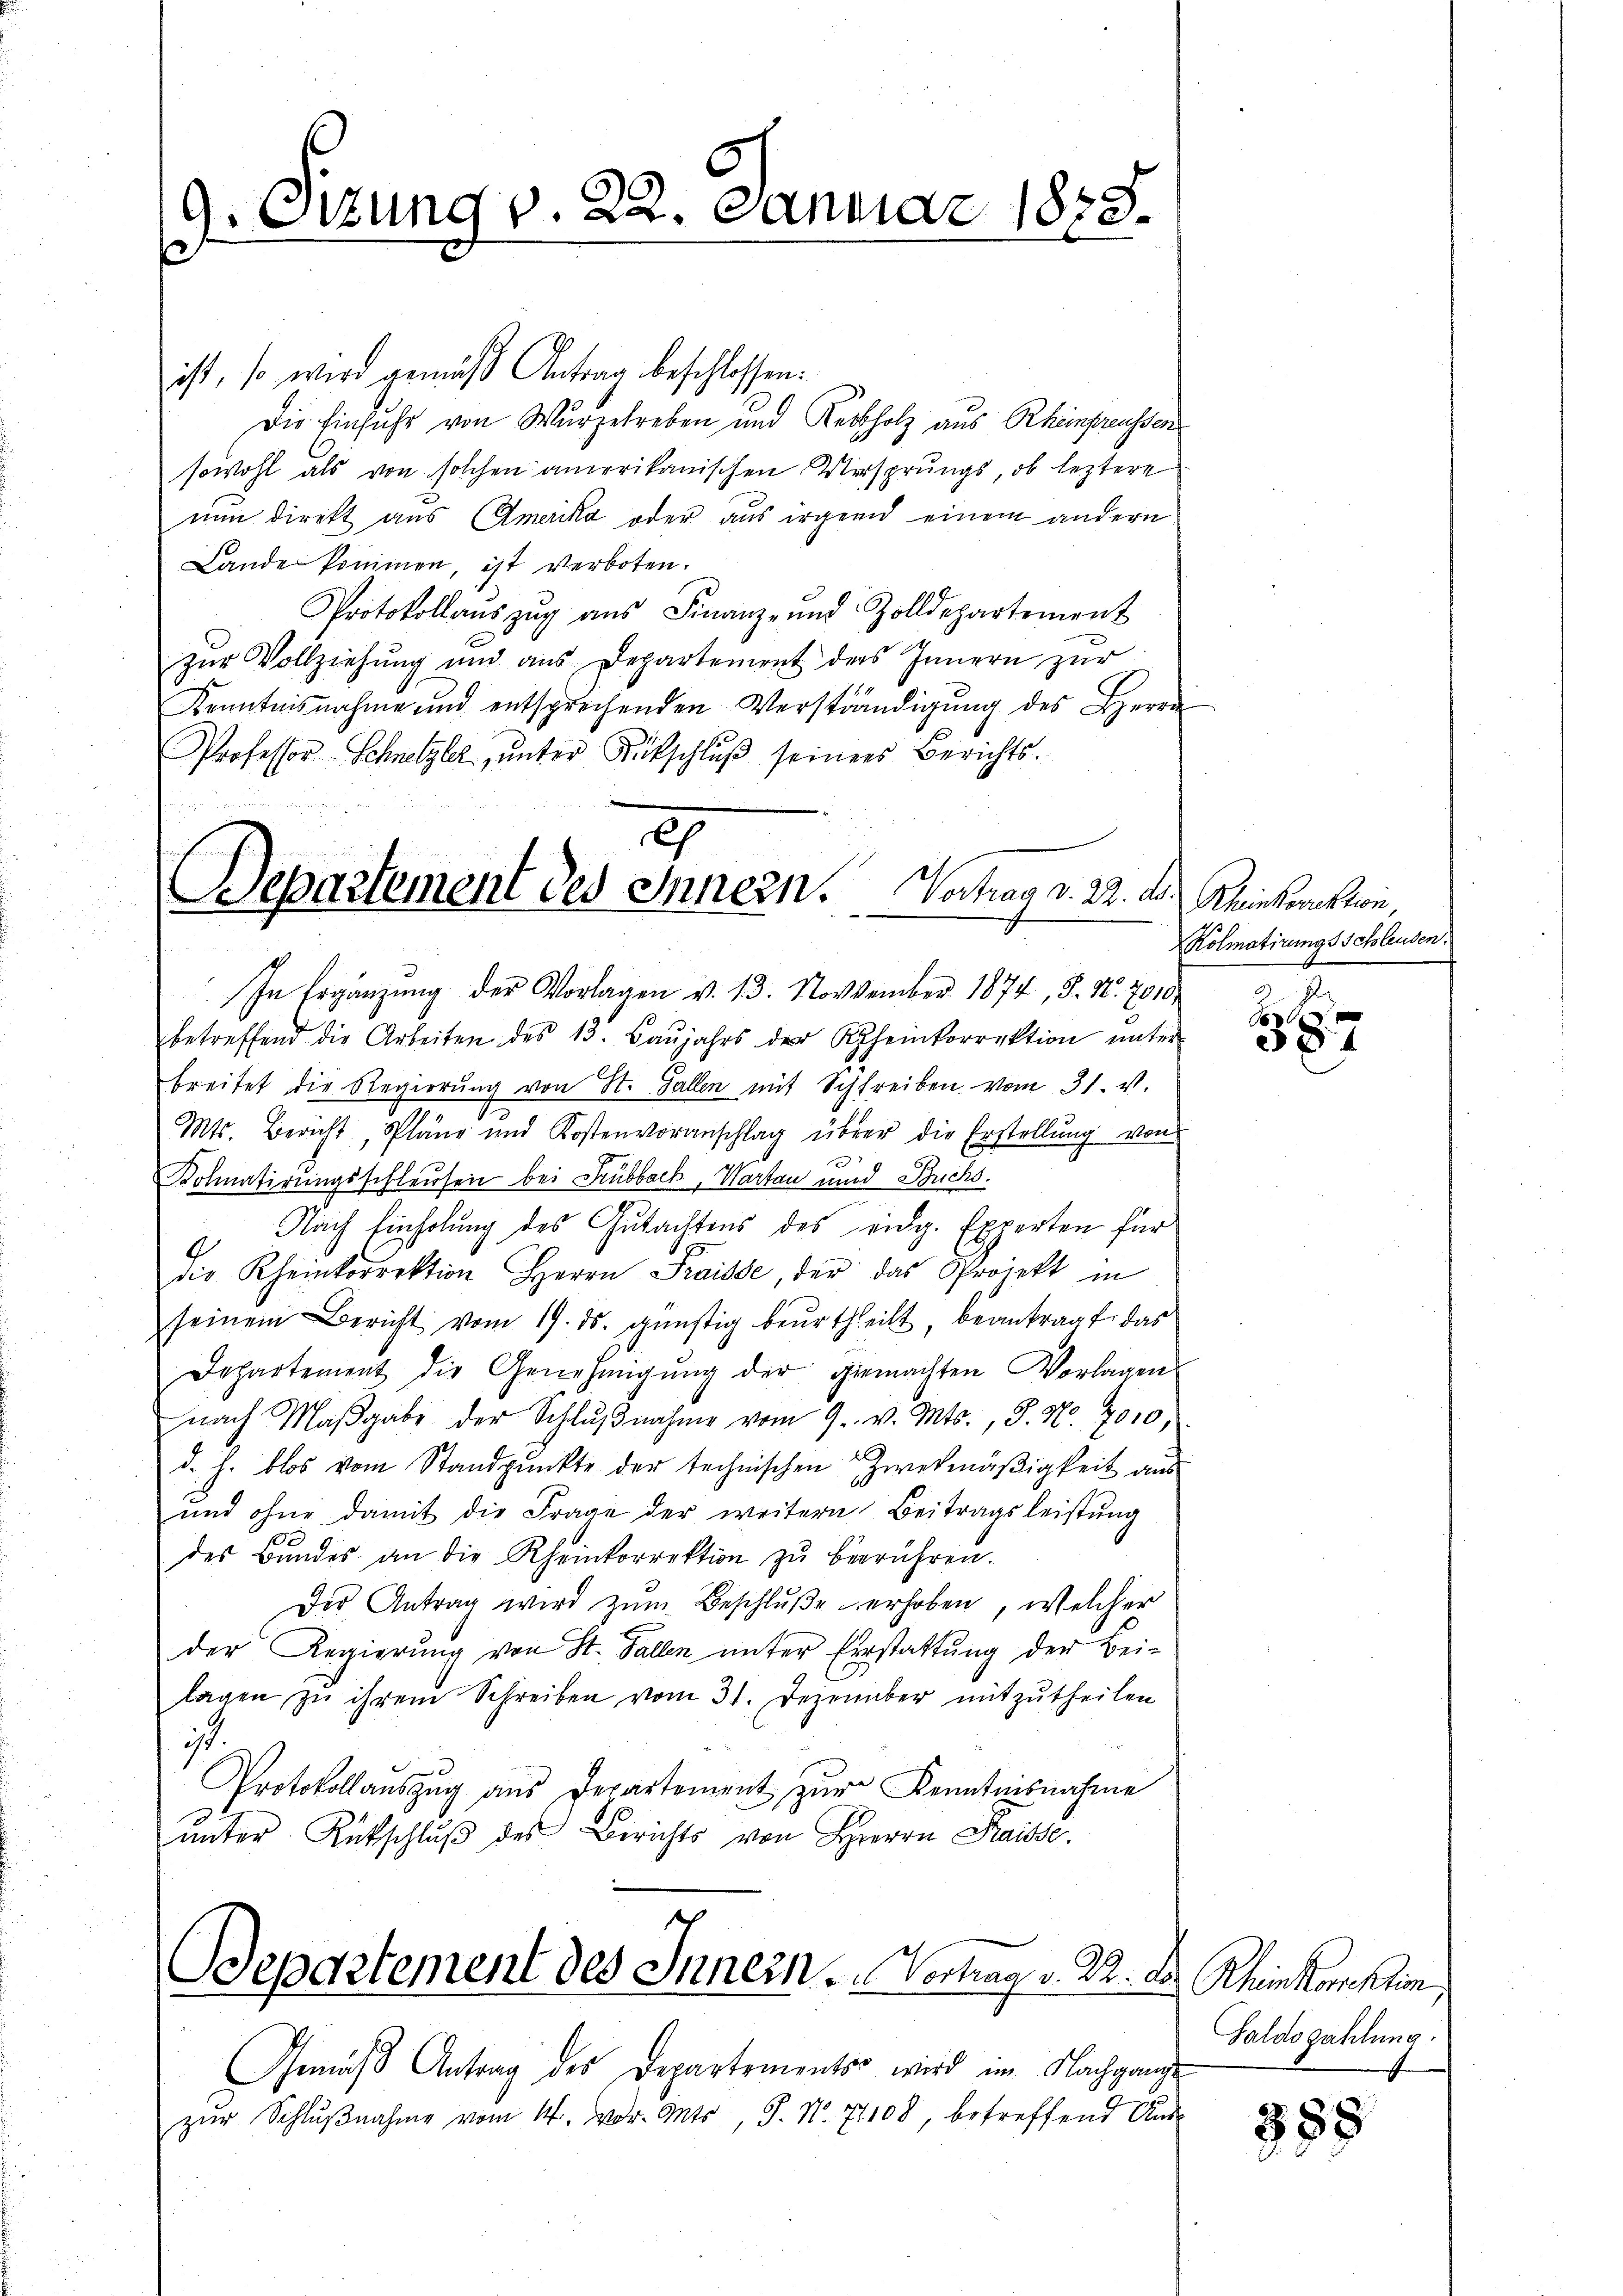
9. Sitzung v. 22. Januar 1858.
.

ist, so wird gemäß Antrag beschlossen:
Die Einfuhr von Wurzelreben und Rechholz aus Rheinfreusser
sowohl als von solchen amerikanischen Ursprungs, ob leztere
nun direkt aus Amerika oder aus irgend einem andern
Lande kommen, ist verboten.
Protokollaŭszŭg aŭs Finanz- und Zolldepartement
zur Vollziehung und aus Departement ders Innern zur
Kenntnisnahme und entsprechenden Verständigŭng des Herrn
Professor Schnetzler, ŭnter Rückschlŭβ seines Berichts-
betreffend die Arbeiten des 13. Baŭjahrs der Rheinkorrektion ŭnter
breitet die Regierŭng von St. Gallen mit Schreiben vom 31. v.
Mts. Bericht, Pläne und Kostenvoranschlag über die Erstellŭng von
Kolmatirungsschleusen bei Leubbach, Karten und Buchs.
. Nach Einholung des Gutachtens des eidg. Experten für
die Rheinkorrektion Herrn Praisse, der das Projekt in
seinem Bericht vom 19. ds. günstig beŭrtheilt, beantragt, das
Departement die Genehmigung der gemachten Vorlagen
nach Maβgabe der Schlŭβnahme vom 9. v. Mts., S. Nr. 7010,
d. h. blos vom Standpunkte der technischen Zweckmäßigkeit aus
ŭnd ohne damit die Frage der weitern Beitragsleistŭng
des Bŭndes an die Rheinkorrektion zŭ berühren.
Der Antrag wird zŭm Beschluße verhoben, welcher
der Regierŭng von St. Gallen ŭnter Einstattŭng der Bei-
lagen zŭ ihrem Schreiben vom 31. Dezember mitzŭtheilen
ist.
Protokollauszug aus Departement zur Kenntnisnahme
ŭnter Rütschlŭβ des Berichts von Herrn Fraisse,

2
Separtement des Innern. Vortrag d. 22. ds. Rheinkorektion,
In Ergänzŭng der Vorlagen v. 13. November 1874, S. Nr. 7010.

Departement des Innern, Vertrag v. 22. d.

Gemäβ Antrag des Departements wird im Nachgange
zŭr Schlŭβnahme vom 14. vor. Mts., S. Nr. 71108, betreffend Aus-

KKolmatirungsschleusen.

387

5 Rhein Korektion
Saldo zahlung.

388